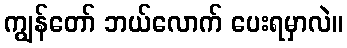
ကျွန်တော် ဘယ်လောက် ပေးရမှာလဲ။